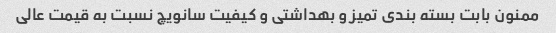
ممنون بابت بسته بندی تمیز و بهداشتی و کیفیت سانویچ نسبت به قیمت عالی